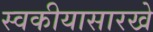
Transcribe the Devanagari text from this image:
स्वकीयासारखे